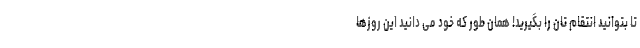
تا بتوانید انتقام تان را بگیرید! همان طور که خود می دانید این روزها